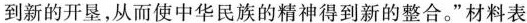
到新的开垦，从而使中华民族的精神得到新的整合。”材料表